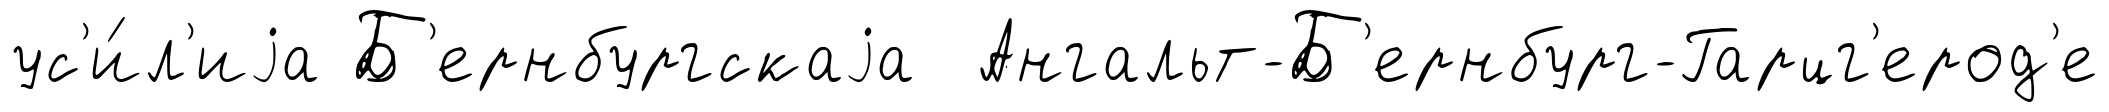
ус'и́л'иjа Б'ернбургскаjа Ангальт-Б'ернбург-Гарцг'ерод'е